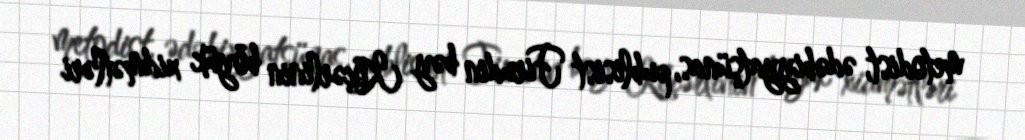
metodist, ədəbiyyatşünas, publisist Firudin bəy Köçərlinin böyük xidmətləri